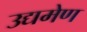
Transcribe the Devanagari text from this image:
उद्यमेण